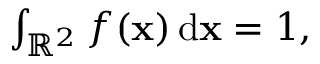
\begin{array} { r } { \int _ { \mathbb { R } ^ { 2 } } f ( \mathbf { x } ) \, \mathrm { d } \mathbf { x } = 1 , } \end{array}